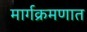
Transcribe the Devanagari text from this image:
मार्गक्रमणात